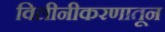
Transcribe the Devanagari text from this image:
विलीनीकरणातून